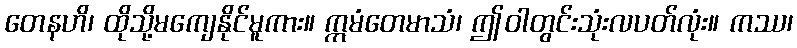
တေနဟိ၊ ထိုသို့မကျေနိုင်မူကား။ ဣမံတေမာသံ၊ ဤဝါတွင်းသုံးလပတ်လုံး။ ကဿ၊